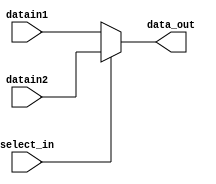
`timescale 1ns / 1ps
module mux_2_1( select_in, datain1, datain2, data_out   );

// Parameters 
parameter WORD_SIZE = 32 ; 

// Input and outputs 
// Modelling with Continuous Assignments 

input  wire select_in ;  
input  wire [WORD_SIZE - 1:0] datain1 ; 
input  wire [WORD_SIZE - 1:0] datain2 ; 
output wire [WORD_SIZE - 1:0] data_out ;

assign data_out = (select_in) ? datain2 : datain1;

endmodule